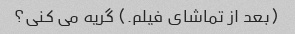
(بعد از تماشای فیلم.) گریه می کنی؟